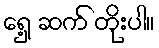
ရှေ့ ဆက် တိုးပါ။